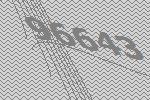
96643